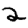
Digit: 2